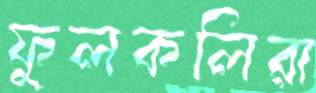
ফুলকলিরা